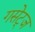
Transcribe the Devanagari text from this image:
गसेट्ज